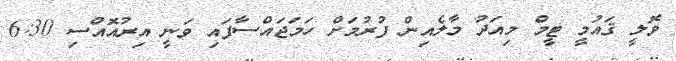
ވޮލީ ޤައުމީ ޓީމް މިއަދު މާލެއިން ފުރުމަށް ހަމަޖައްސާފައި ވަނީ އިރުއޮއްސި 6:30